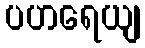
ပဟရေယျ